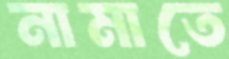
নামাতে